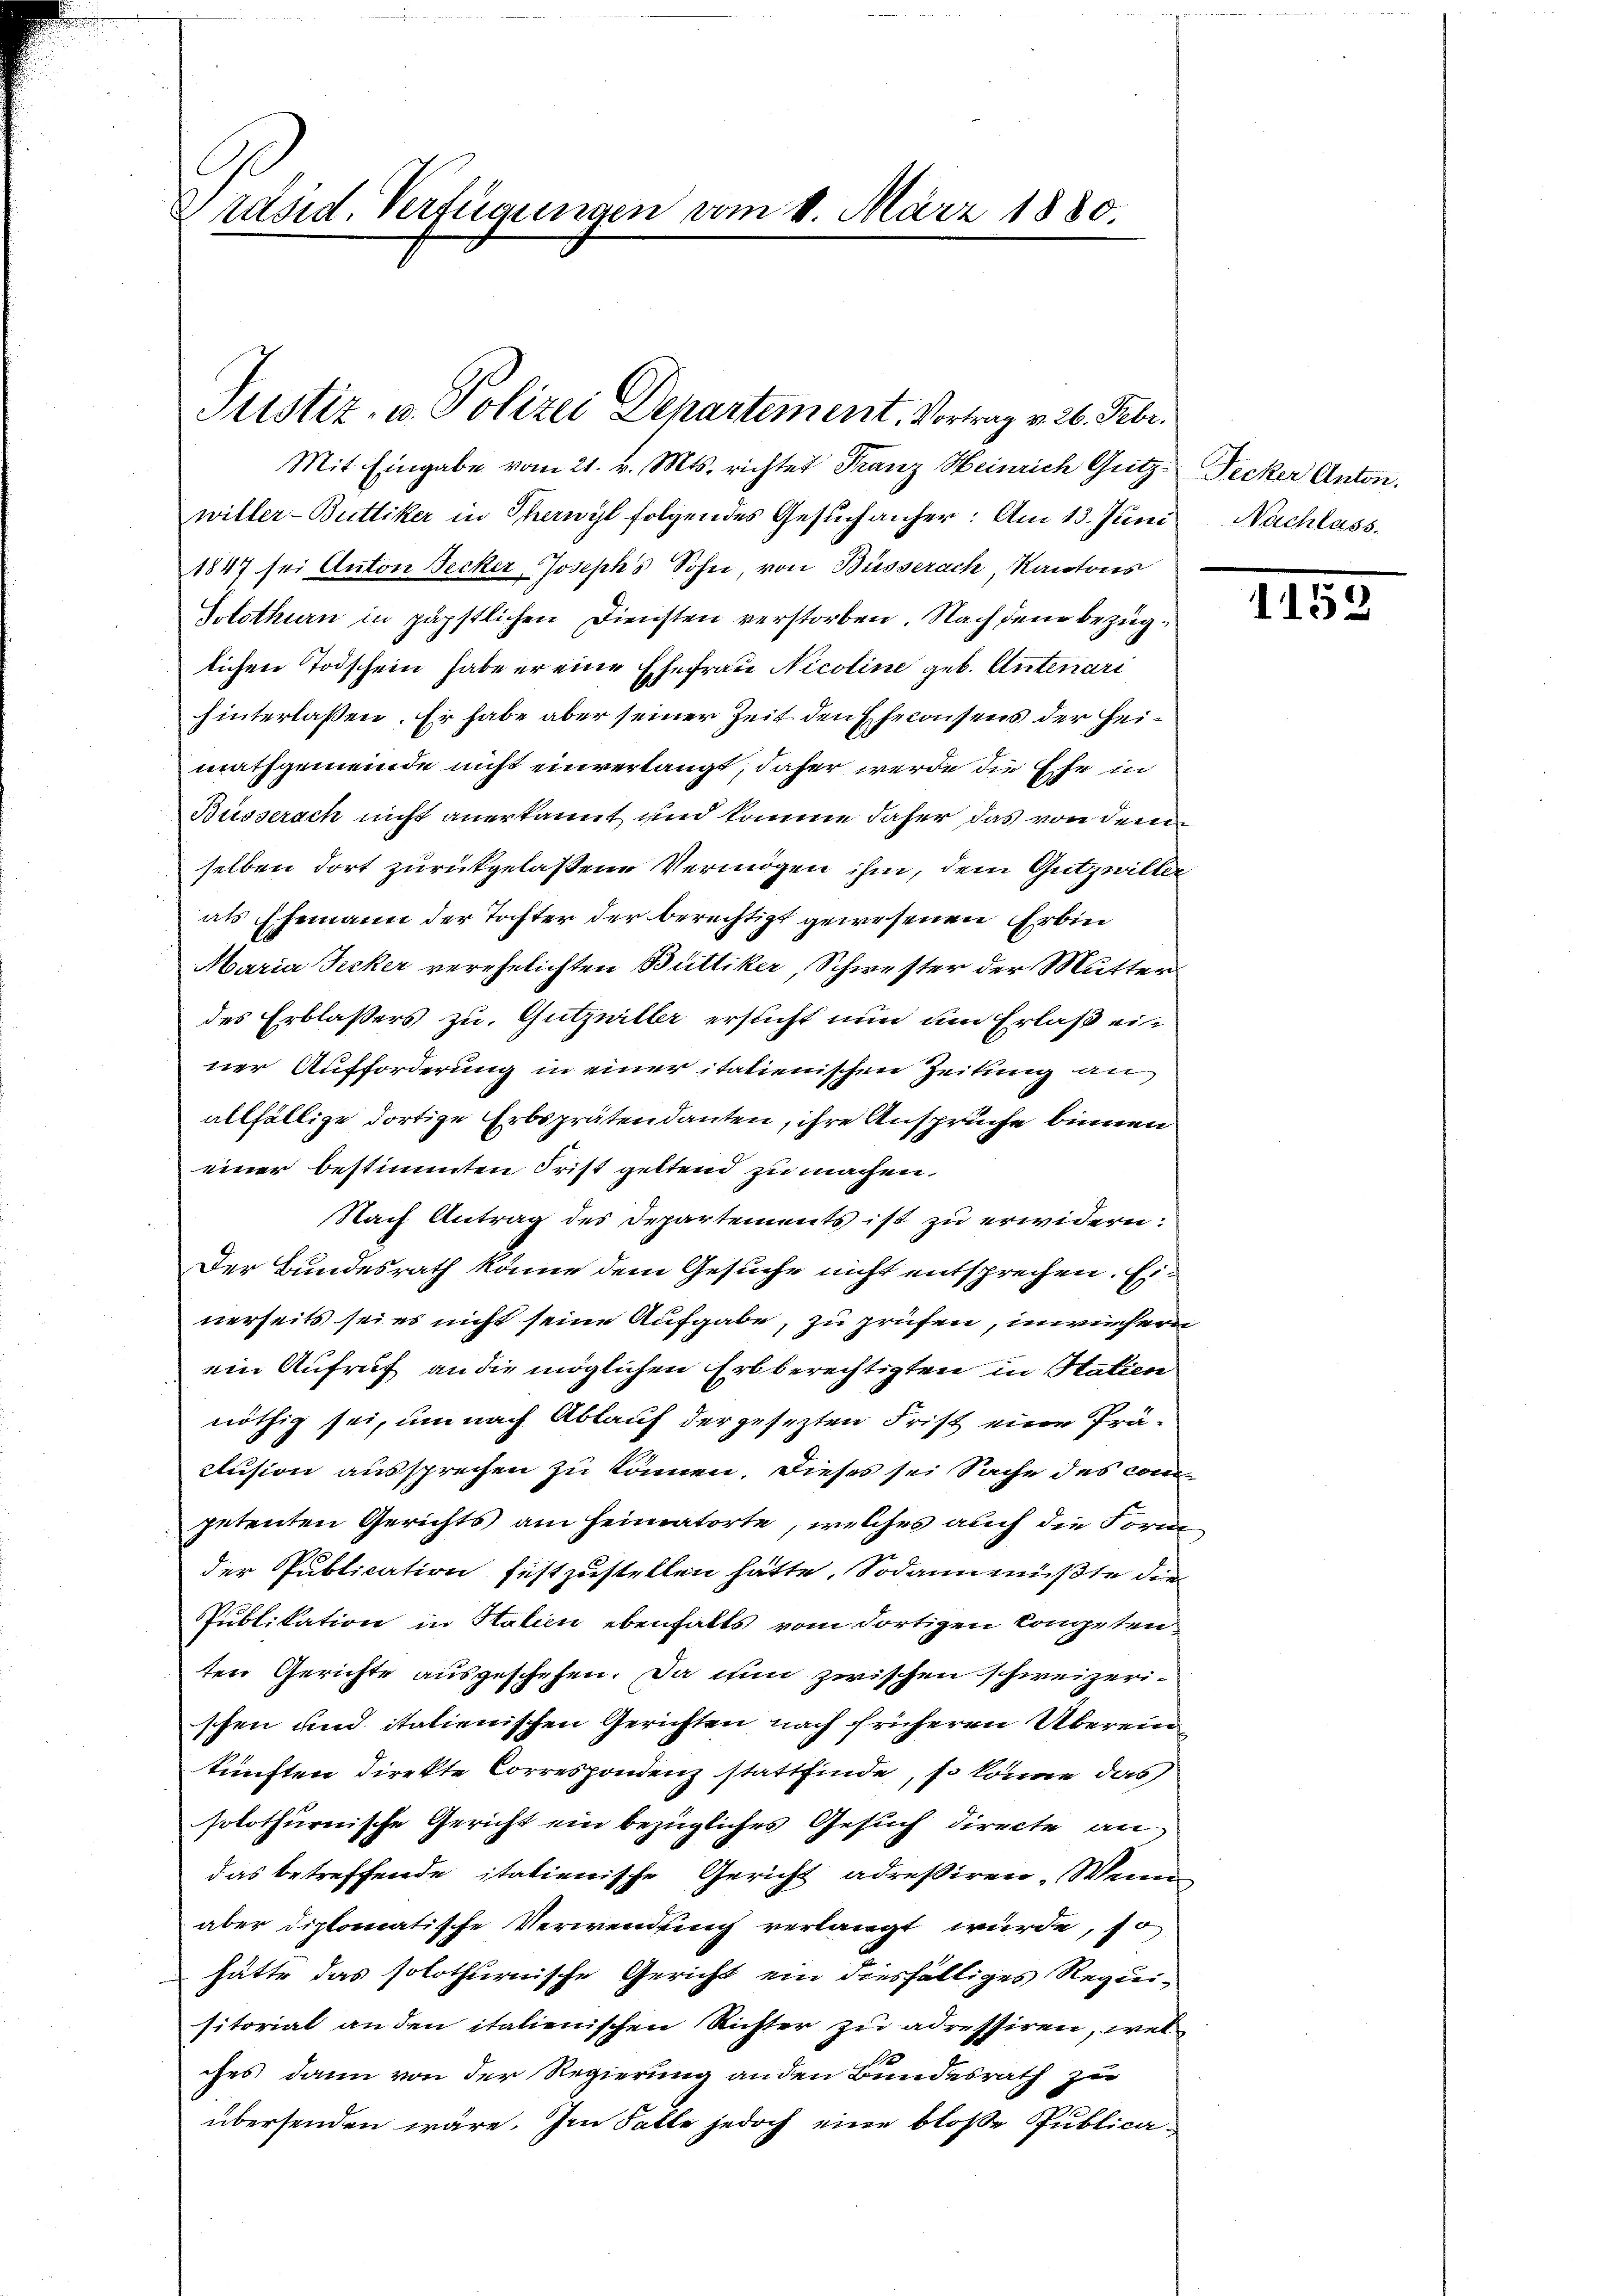
Präsid. Verfügungen vom 1. März 1880.

Justiz- u. Polizei Departement, Vortrag v. 26. Febr.

Mit Eingabe vom 21. v. Mts. richtet Franz Heinrich Gutz. Decker Anton.
willer-Büttiker in Therwyl folgendes Gesŭch anher. Am 13. Juni Nachlass.
1847 sei Anton Secker, Joseph's Sohn, von Büsserach, Kantons
Solothurn in päpstlichen Diensten verstorben. Nach dem bezüglichen Todschein habe er eine Ehefrau Nicoline geb. Antenari
hinterlaßen. Er habe aber seiner Zeit den Ehekonsens der Heimathgemeinde nicht einverlangt, daher werde die Ehe in
Busserach nicht anerkannt und komme daher das von deren
selben dort zurückgelaßene Vermögen ihm, dem Gutzwiller
als Ehemann der Tochter der berechtigt gewesenen Erbin¬
Maria Ficker verehelichten Büttiker, Schwester der Mutter
des Erblassers zu. Gutzniller ersticht nun um Erlaß ein
ner Aufforderung in einer italienischen Zeitung an
allfällige dortige Erbsprätendanten, ihre Anspruche binnen
einer bestimmten Frist geltend zu machen.
Nach Antrag des Departements ist zu erwidern:
Der Bundesrath könne dem Gesuche nicht entsprechen. Einerseits sei es nicht seine Aufgabe, zu prüfen, inwirchern
ein Aufruf an die möglichen Erbberechtigten in Stalien
nöthig sei, um nach Ablauf der gesezten Frist eine Präclusion aussprechen zu können. Dieses sei Sache des com
petenten Gerichts am Heimatorte, welches auch die Form
der Publication festzustellen hätte. Sodann müßte der
Publikation in Statien ebenfalls vom dortigen Congeten
ten Gerichte ausgeschehen. Da nun zwischen schweizerischen und italienischen Gerichten nach früheren Überein
künften direkte Correspondenz stattfinde, so könne das
solothurnische Gericht ein bezügliches Gesuch directe an
das betreffende italienische Gericht adressiren. Wenn
aber diplomatische Verwendung verlangt würde, so
hätte das solothurnische Gericht ein diesfälliges Regreisitorial an den italienischen Richter zu adressiren, wel
ches dann von der Regierung anden Bundesrath zu
übersenden wäre. Im Falle jedoch eine bloße Publica¬

1155